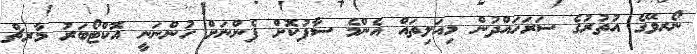
ނޯރވޭގެ އުތުރުގެ ސަރަހައްދުން މިއަލިތައް އެންމެ ސާފުކޮށް ފެންނަށް ހުންނަނީ އޮކްޓޯބަރު މާރޗް